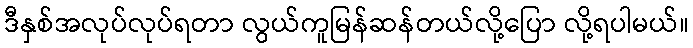
ဒီနှစ်အလုပ်လုပ်ရတာ လွယ်ကူမြန်ဆန်တယ်လို့ပြော လို့ရပါမယ်။